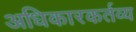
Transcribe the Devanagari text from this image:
अधिकारकर्तव्य